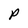
Character: P